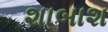
શાબાશ